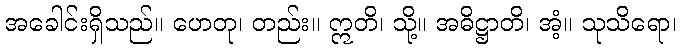
အခေါင်းရှိသည်။ ဟေတု၊ တည်း။ ဣတိ၊ သို့။ အဓိဋ္ဌာတိ၊ အံ့။ သုသိရော၊